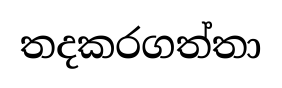
තදකරගත්තා